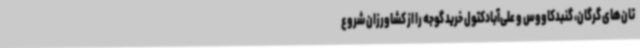
تان‌های گرگان، گنبدکاووس و علی‌آبادکتول خرید گوجه را از کشاورزان شروع